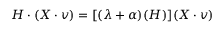
H \cdot ( X \cdot v ) = [ ( \lambda + \alpha ) ( H ) ] ( X \cdot v )